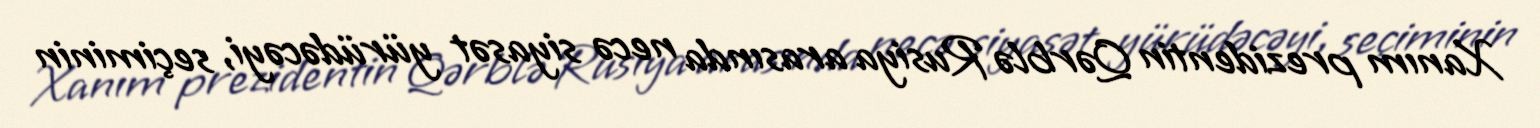
Xanım prezidentin Qərblə Rusiya arasında necə siyasət yürüdəcəyi, seçiminin